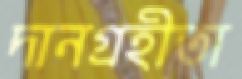
দানগ্রহীতা